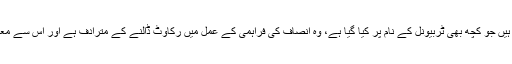
ہم شواہد کی روشنی میں دیکھ چکے ہیں جو کچھ بھی ٹربیونل کے نام پر کیا گیا ہے، وہ انصاف کی فراہمی کے عمل میں رکاوٹ ڈالنے کے مترادف ہے اور اِس سے معاملات کا رخ تبدیل ہوکر رہ گیا ہے۔